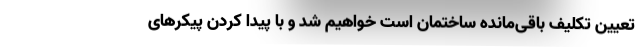
تعیین تکلیف باقی‌مانده ساختمان است خواهیم شد و با پیدا کردن پیکرهای